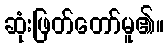
ဆုံးဖြတ်တော်မူ၏။